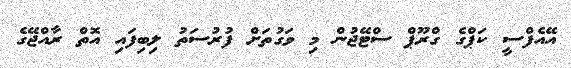
އޭއެފްސީ ކަޕްގެ ގްރޫޕް ސްޓޭޖުން މި ވަގުތަށް ފުރުސަތު ލިބިފައި އޮތް ރާއްޖޭގެ